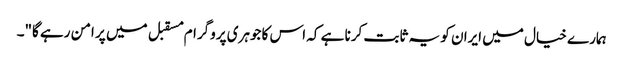
ہمارے خیال میں ایران کو یہ ثابت کرنا ہے کہ اس کا جوہری پروگرام مسقبل میں پر امن رہے گا"۔